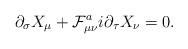
LaTeX: \begin{align*}\partial_{\sigma} X_{\mu} + \mathcal{F}_{\mu\nu}^a i \partial_\tau X_{\nu} = 0.\end{align*}